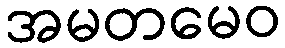
အမတမေဝ